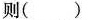
则( )